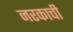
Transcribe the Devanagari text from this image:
नरकाची